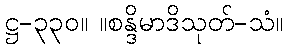
ဋ္ဌ-၃၃၀။ ။စန္ဒိမာဒိသုတ်-သံ။